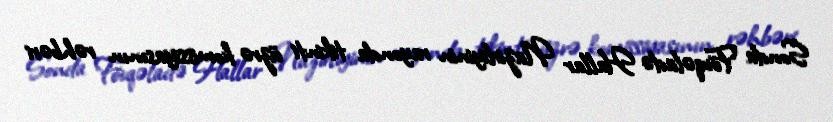
Sonda Fövqəladə Hallar Nazirliyinin rayonda tikinti üzrə komissiyasının rəhbəri